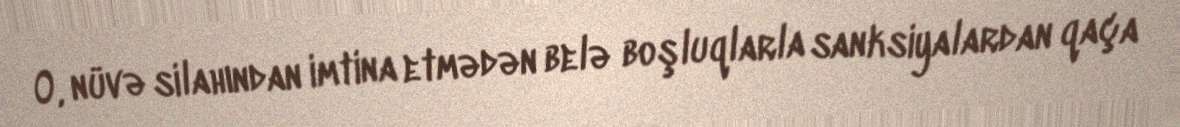
O, nüvə silahından imtina etmədən belə boşluqlarla sanksiyalardan qaça